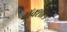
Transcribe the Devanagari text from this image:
वॉक्शॉल